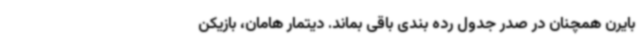
بایرن همچنان در صدر جدول رده بندی باقی بماند. دیتمار هامان، بازیکن